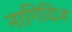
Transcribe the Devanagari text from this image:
नागिदिज